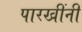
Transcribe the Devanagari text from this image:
पारखींनी